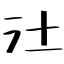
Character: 汢